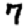
Digit: 7